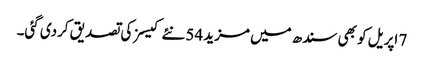
7 اپریل کو بھی سندھ میں مزید 54 نئے کیسز کی تصدیق کردی گئی۔